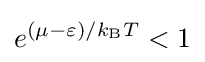
e^{(\mu -\varepsilon )/k_{\text{B}}T}<1